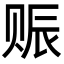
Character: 赈